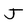
Character: J